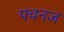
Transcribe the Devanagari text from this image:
पचनज